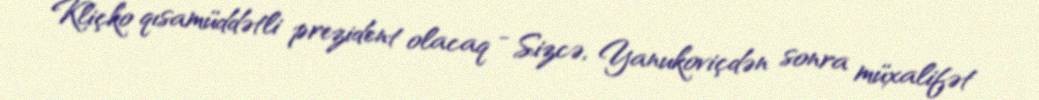
Kliçko qısamüddətli prezident olacaq - Sizcə, Yanukoviçdən sonra müxalifət